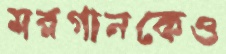
মরগানকেও